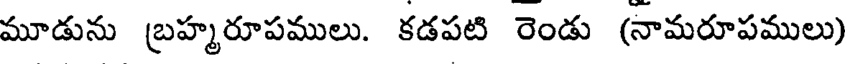
మూడును బ్రహ్మరూపములు. కడపటి రెండు (నామరూపములు)